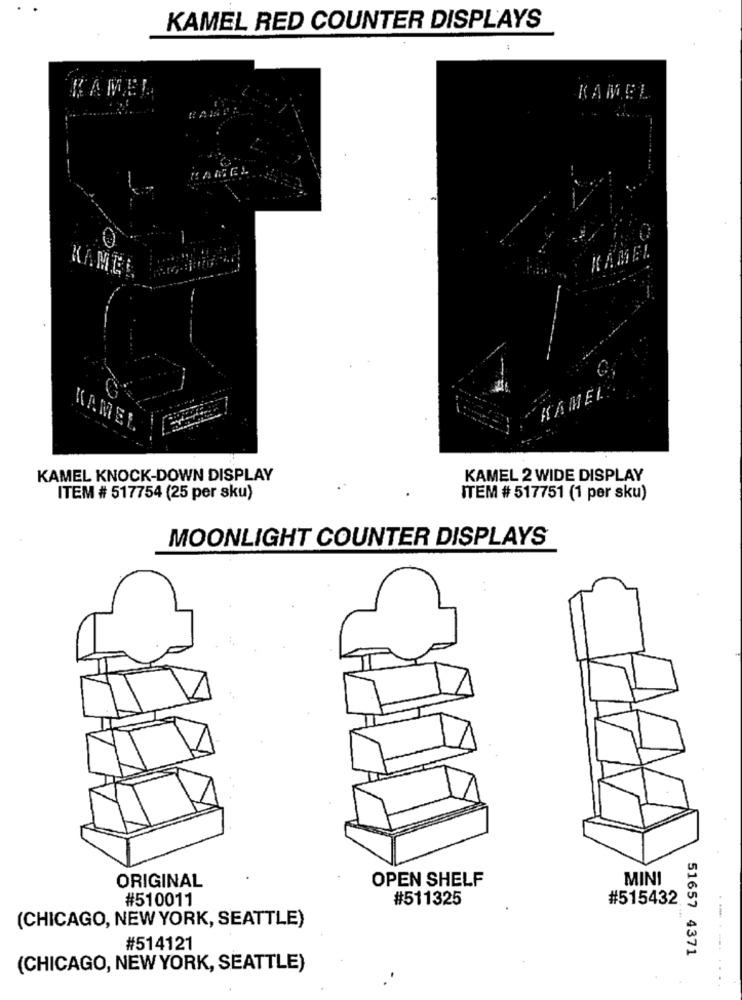
KAMEL RED COUNTER DISPLAYS
KAMEL
KAMEL
HA
0
KAMEL
KAMEL
KAMEL
KAMEL
KAMEL KNOCK-DOWN DISPLAY
KAMEL 2 WIDE DISPLAY
ITEM # 517754 (25 per sku)
ITEM # 517751 (1 per sku)
MOONLIGHT COUNTER DISPLAYS
..
ORIGINAL
OPEN SHELF
MINI
#510011
#511325
#515432
(CHICAGO, NEW YORK, SEATTLE)
#514121
51657 4371
--.....
(CHICAGO, NEW YORK, SEATTLE)